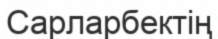
Сарларбектің